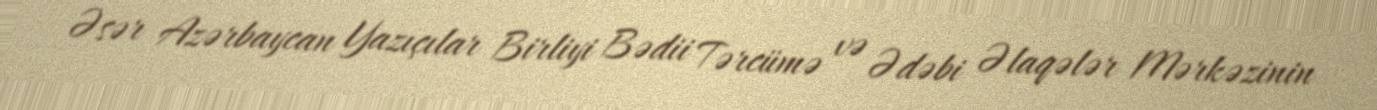
Əsər Azərbaycan Yazıçılar Birliyi Bədii Tərcümə və Ədəbi Əlaqələr Mərkəzinin